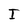
Character: I